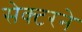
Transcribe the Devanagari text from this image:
सेक्टरने